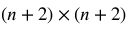
( n + 2 ) \times ( n + 2 )